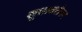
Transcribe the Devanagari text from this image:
सुधाबरोबर